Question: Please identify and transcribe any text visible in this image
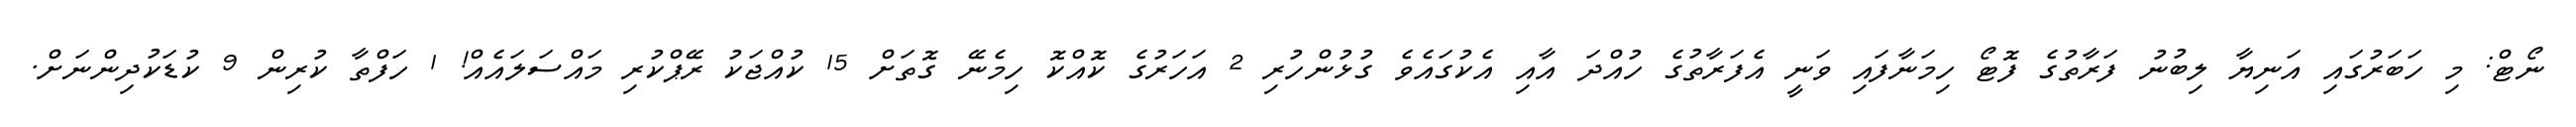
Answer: ނޯޓް: މި ހަބަރުގައި އަނިޔާ ލިބުނު ފަރާތުގެ ފޮޓޯ ހިމަނާފައި ވަނީ އެފަރާތުގެ ހުއްދަ އާއި އެކުގައެވެ ގުޅުންހުރި 2 އަހަރުގެ ކޮއްކޮ ހިމެނޭ ގޮތަށް 15 ކުއްޖަކު ރޭޕްކުރި މައްސަލައެއް! 1 ހަފްތާ ކުރިން 9 ކުޑަކުދިންނަށް.